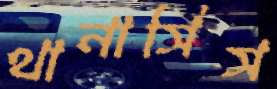
থানাসিস